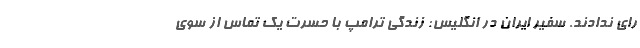
رای ندادند. سفیر ایران در انگلیس: زندگی ترامپ با حسرت یک تماس از سوی